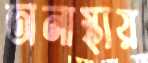
অনাস্থায়